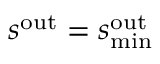
s ^ { \mathrm { o u t } } = s _ { \mathrm { m i n } } ^ { \mathrm { o u t } }